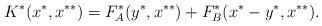
LaTeX: \begin{align*}K^*(x^*, x^{**})=F^*_A(y^*, x^{**})+F^*_B(x^*-y^*, x^{**}).\end{align*}